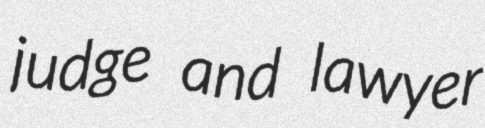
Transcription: judge and lawyer